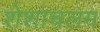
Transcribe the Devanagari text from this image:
शेशाचलम